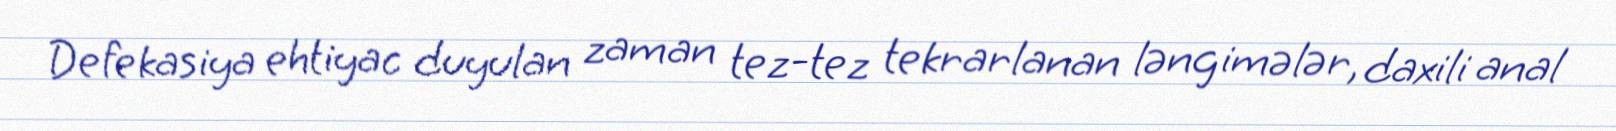
Defekasiya ehtiyac duyulan zaman tez-tez tekrarlanan ləngimələr, daxili anal